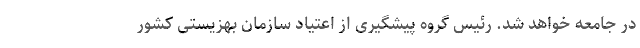
در جامعه خواهد شد. رئیس گروه پیشگیری از اعتیاد سازمان بهزیستی کشور